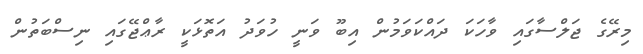
މިރޭގެ ޖަލްސާގައި ވާހަކަ ދައްކަވަމުން އިބޫ ވަނީ ހުވަދު އަތޮޅަކީ ރާޢްޖޭގައި ނިސްބަތުން